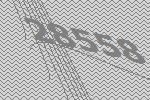
28558